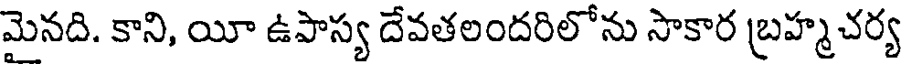
మెనది. కాని, యీ ఉపాస్య దేవతలందరిలోను సాకార బ్రహ్మచర్య